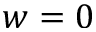
w = 0